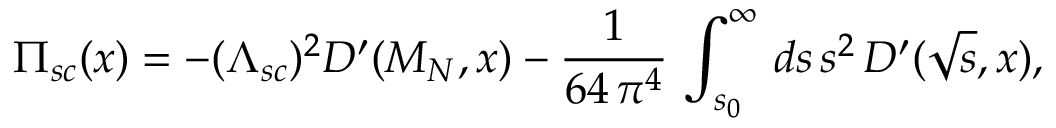
\Pi _ { s c } ( x ) = - ( \Lambda _ { s c } ) ^ { 2 } D ^ { \prime } ( M _ { N } , x ) - \frac { 1 } { 6 4 \, \pi ^ { 4 } } \, \int _ { s _ { 0 } } ^ { \infty } \, d s \, s ^ { 2 } \, D ^ { \prime } ( \sqrt { s } , x ) ,